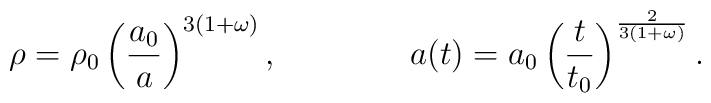
\rho = \rho_0 \left({a_0\over a}\right)^{3(1+\omega)},\qquad\qquad a(t) = a_0 \left( {t\over t_0}\right)^{{2\over 3(1+\omega)}}.